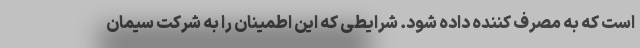
است که به مصرف کننده داده شود. شرایطی که این اطمینان را به شرکت سیمان